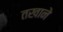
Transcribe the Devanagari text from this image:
तखाने